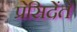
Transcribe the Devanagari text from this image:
प्रेसिदेंते